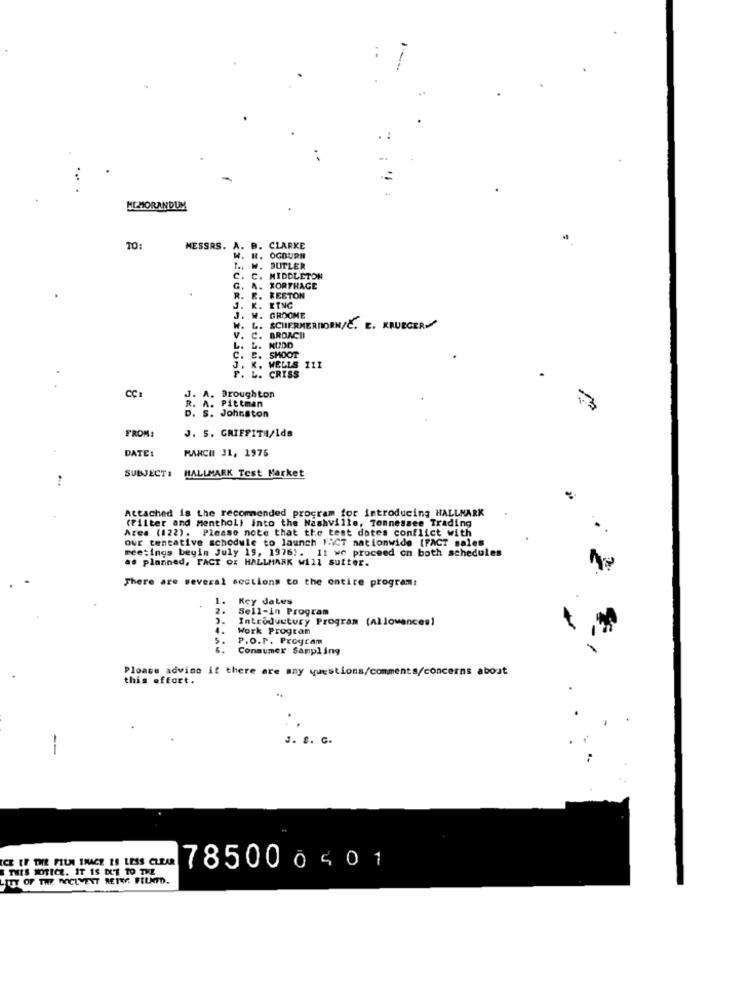
MEMORANDUM
TO:
MESSRS.
A. B.
CLARKE
OGBURI
W. BUTLER
C.
C. MIDDLETON
G.
G. A. XORTHAGE
R.
. R.
RESTON
EING
J. M.
GROOME
SCHERMERHORN/C. E. KRUEGERV
BROACII
KUDD
SHOOT
C.
K. WELLS 111
P. L. CRISS
CCI
J. A. Broughton
R. A. Pittman
. S. Johnston
FROM:
J. 5. GRIFFITH/Ids
DATE:
MARCH J1, 1975
SUBJECT:
HALLMARK Test Market
Attached is the recommended program for introducing HALLMARK
(Filter and menthol) into the Nashville, Tennessee Trading
Area (122). Please note that the test dotes conflict with
meetings beyin July 19, 1976). It we proceed on both schedules
our tentative schedule to launch FACT nationwide [FACT sales
as planned, FACT Or HALLMARK will sutter.
There are several sections to the entire program:
Key dates
2.
Sell-in Program
Introductory Program (Allowances]
Work Program
5.
P.O.P. Program
Consumer Sampling
Please advino it there are any questions/comments/concerns about
this effort.
J. S.
--
ICE IF THE FILM INACE IS LESS CLEAR
THIS WOITICE. IT IS MT 10 THE
785000401
LITY OF THE DOCUMENT REIV FILMTO.